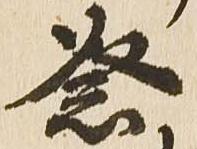
祭